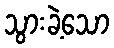
သွားခဲ့သော